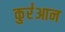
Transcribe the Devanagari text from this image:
कुर॑आन